画像に写った文字を読んでください
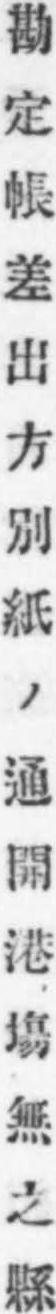
「勘定帳差出方別紙ノ通開港塲無之縣」と書いてあります